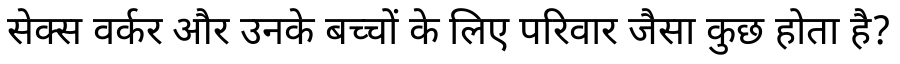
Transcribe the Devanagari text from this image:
सेक्स वर्कर और उनके बच्चों के लिए परिवार जैसा कुछ होता है?